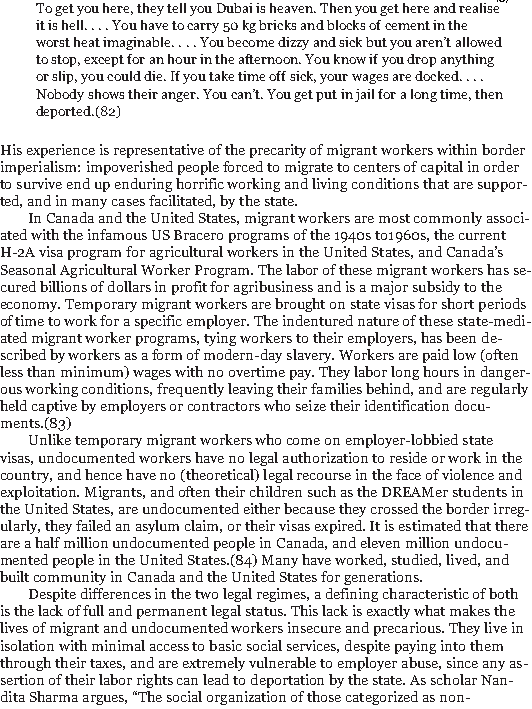
45/186
 To get you here, they tell you Dubai is heaven. Then you get here and realise
 it is hell. . . . You have to carry 50 kg bricks and blocks of cement in the
 worst heat imaginable. . . . You become dizzy and sick but you aren’t allowed
 to stop, except for an hour in the afternoon. You know if you drop anything
 or slip, you could die. If you take time off sick, your wages are docked. . . .
 Nobody shows their anger. You can’t. You get put in jail for a long time, then
 deported.(82)
 His experience is representative of the precarity of migrant workers within border
 imperialism: impoverished people forced to migrate to centers of capital in order
 to survive end up enduring horrific working and living conditions that are suppor-
 ted, and in many cases facilitated, by the state.
 In Canada and the United States, migrant workers are most commonly associ-
 ated with the infamous US Bracero programs of the 1940s to1960s, the current
 H-2A visa program for agricultural workers in the United States, and Canada’s
 Seasonal Agricultural Worker Program. The labor of these migrant workers has se-
 cured billions of dollars in profit for agribusiness and is a major subsidy to the
 economy. Temporary migrant workers are brought on state visas for short periods
 of time to work for a specific employer. The indentured nature of these state-medi-
 ated migrant worker programs, tying workers to their employers, has been de-
 scribed by workers as a form of modern-day slavery. Workers are paid low (often
 less than minimum) wages with no overtime pay. They labor long hours in danger-
 ous working conditions, frequently leaving their families behind, and are regularly
 held captive by employers or contractors who seize their identification docu-
 ments.(83)
 Unlike temporary migrant workers who come on employer-lobbied state
 visas, undocumented workers have no legal authorization to reside or work in the
 country, and hence have no (theoretical) legal recourse in the face of violence and
 exploitation. Migrants, and often their children such as the DREAMer students in
 the United States, are undocumented either because they crossed the border irreg-
 ularly, they failed an asylum claim, or their visas expired. It is estimated that there
 are a half million undocumented people in Canada, and eleven million undocu-
 mented people in the United States.(84) Many have worked, studied, lived, and
 built community in Canada and the United States for generations.
 Despite differences in the two legal regimes, a defining characteristic of both
 is the lack of full and permanent legal status. This lack is exactly what makes the
 lives of migrant and undocumented workers insecure and precarious. They live in
 isolation with minimal access to basic social services, despite paying into them
 through their taxes, and are extremely vulnerable to employer abuse, since any as-
 sertion of their labor rights can lead to deportation by the state. As scholar Nan-
 dita Sharma argues, “The social organization of those categorized as non-